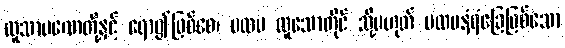
လူသာမဏေတို့နှင့် ရော၍ဖြစ်စေ၊ ပထမ ထူသောတိုင် သို့မဟုတ် ပထမနံရံခြေဖြစ်သော